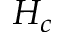
H _ { c }